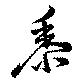
黍